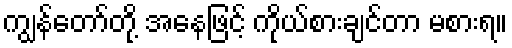
ကျွန်တော်တို့ အနေဖြင့် ကိုယ်စားချင်တာ မစားရ။